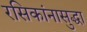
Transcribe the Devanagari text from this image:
रसिकांनासुद्धा